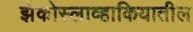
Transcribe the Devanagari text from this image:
झेकोस्लाव्हाकियातील